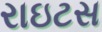
રાઇટસ